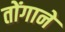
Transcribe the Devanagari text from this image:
तोंगाने